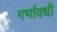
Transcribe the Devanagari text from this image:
गर्भावधी